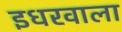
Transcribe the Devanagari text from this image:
इधरवाला